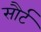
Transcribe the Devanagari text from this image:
सौर्ट